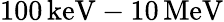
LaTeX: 100\, \mathrm{keV-10\, \mathrm{MeV}}